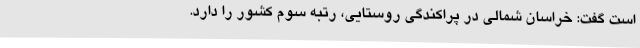
است گفت: خراسان شمالی در پراکندگی روستایی، رتبه سوم کشور را دارد.